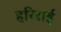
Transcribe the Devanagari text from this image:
हरिराई